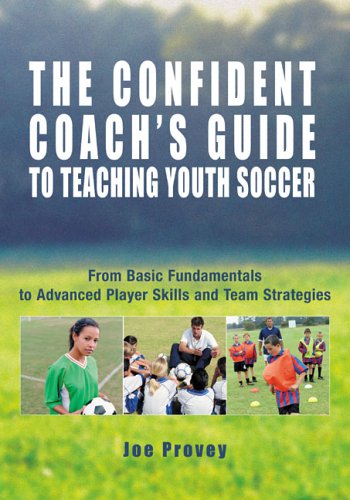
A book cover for The Confident Coach's Guide to Teaching Youth Soccer: From Basic Fundamentals to Advanced Player Skills and Team Strategies; Joe Provey; Sports & Outdoors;